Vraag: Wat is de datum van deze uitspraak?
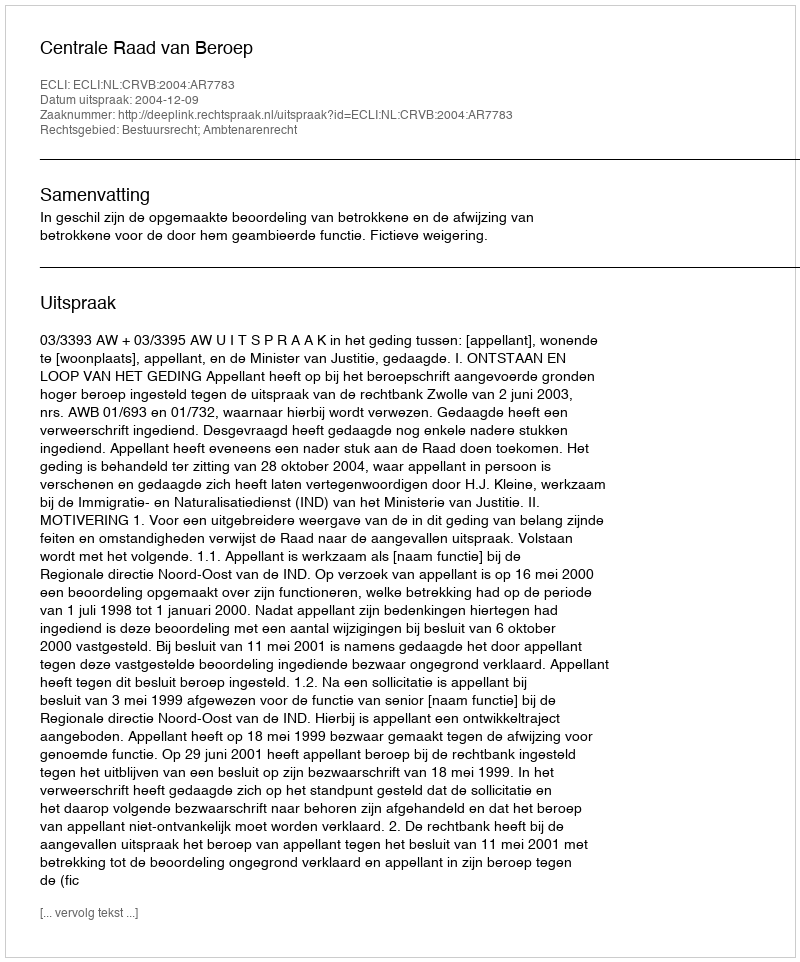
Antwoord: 2004-12-09